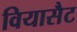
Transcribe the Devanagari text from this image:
वियासैट